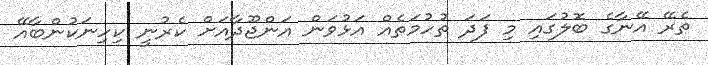
ތެރޭ އޭނާގެ ބޮލުގައި މި ފަދަ ތުހުމަތެއް އަޅުވަން އަންޖޫދާއަށް ކެރުނީ ކިހިނަކުންބާއޭ